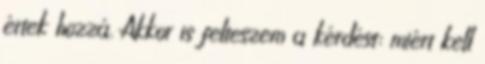
értek hozzá. Akkor is felteszem a kérdést: miért kell